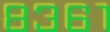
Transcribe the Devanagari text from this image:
८३६१